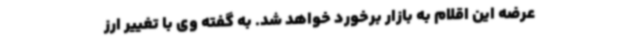
عرضه این اقلام به بازار برخورد خواهد شد. به گفته وی با تغییر ارز